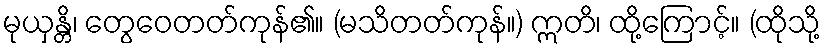
မုယှန္တိ၊ တွေဝေတတ်ကုန်၏။ (မသိတတ်ကုန်။) ဣတိ၊ ထို့ကြောင့်။ (ထိုသို့